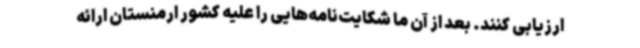
ارزیابی کنند. بعد از آن ما شکایت‌نامه‌هایی را علیه کشور ارمنستان ارائه